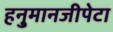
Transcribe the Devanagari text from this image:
हनु्मानजीपेटा